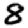
Digit: 8